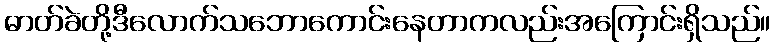
ဓာတ်ခဲတို့ဒီလောက်သဘောကောင်းနေတာကလည်းအကြောင်းရှိသည်။